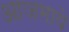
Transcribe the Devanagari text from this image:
आजमाये